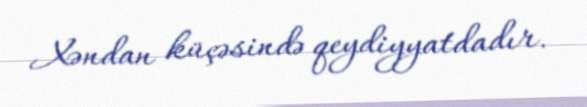
Xəndan küçəsində qeydiyyatdadır.